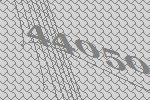
44050